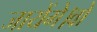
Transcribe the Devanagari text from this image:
जायेंगे।वो